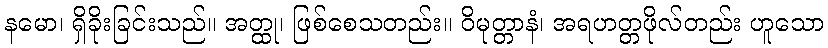
နမော၊ ရှိခိုးခြင်းသည်။ အတ္ထု၊ ဖြစ်စေသတည်း။ ဝိမုတ္တာနံ၊ အရဟတ္တဖိုလ်တည်း ဟူသော